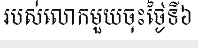
របស់លោកមួយចុះថ្ងៃទី៦